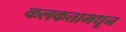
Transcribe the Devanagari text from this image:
कलकत्तामधून